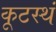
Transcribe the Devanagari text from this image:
कूटस्थं